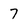
Character: 7